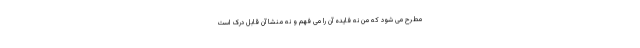
مطرح می شود که من نه فایده آن را می فهم و نه منشا آن قابل درک است